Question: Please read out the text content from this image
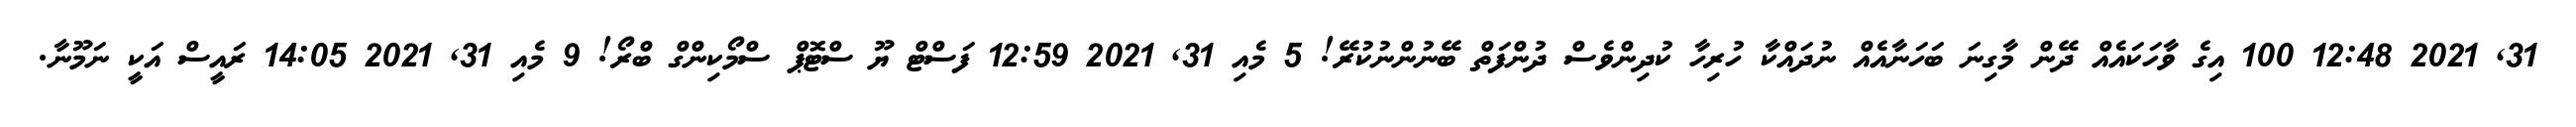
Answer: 31, 2021 12:48 100 އިގެ ވާހަކައެއް ދޭން މާގިނަ ބަހަނާއެއް ނުދައްކާ ހުރިހާ ކުދިންވެސް ދުންފަތް ބޭނުންނުކުރޭ! 5 މެއި 31, 2021 12:59 ފަސްޓް ޔޫ ސްޓޮޕް ސްމޯކިންގް ބްރޯ! 9 މެއި 31, 2021 14:05 ރައީސް އަކީ ނަމޫނާ.